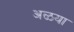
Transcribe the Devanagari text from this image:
अळया